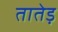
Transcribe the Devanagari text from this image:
तातेड़